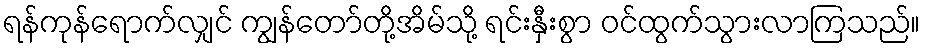
ရန်ကုန်ရောက်လျှင် ကျွန်တော်တို့အိမ်သို့ ရင်းနှီးစွာ ဝင်ထွက်သွားလာကြသည်။